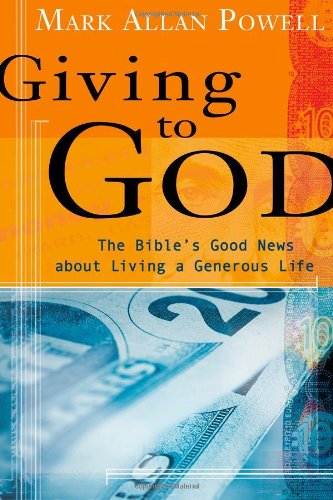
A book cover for Giving to God: The Bible's Good News about Living a Generous Life; Mark Allan Powell; Christian Books & Bibles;